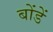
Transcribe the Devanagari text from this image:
बोंडें